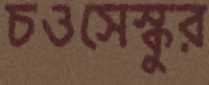
চওসেস্কুর